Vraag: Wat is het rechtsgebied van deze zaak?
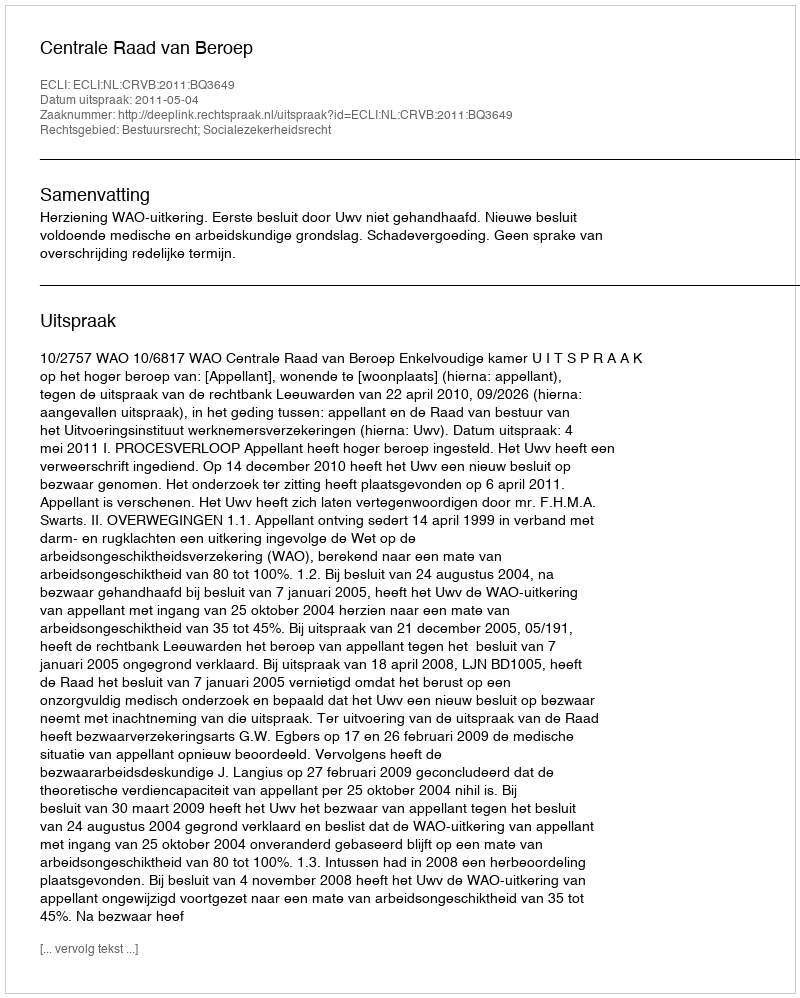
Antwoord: Bestuursrecht; Socialezekerheidsrecht